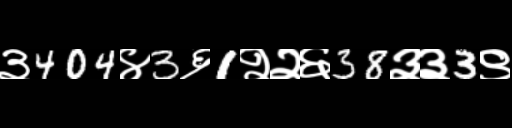
Text: ३404४3६1२२६38३३3९